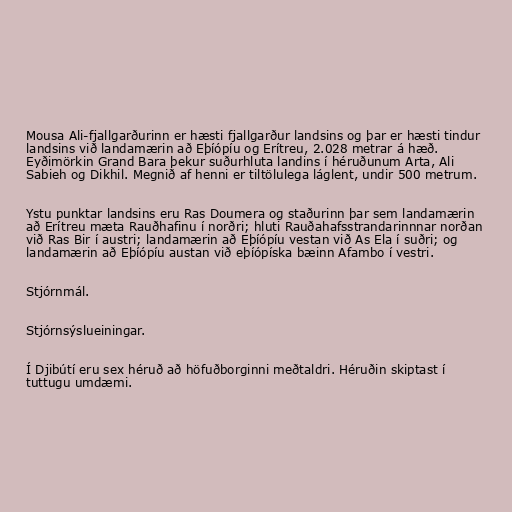
Mousa Ali-fjallgarðurinn er hæsti fjallgarður landsins og þar er hæsti tindur
landsins við landamærin að Eþíópíu og Erítreu, 2.028 metrar á hæð.
Eyðimörkin Grand Bara þekur suðurhluta landins í héruðunum Arta, Ali
Sabieh og Dikhil. Megnið af henni er tiltölulega láglent, undir 500 metrum.

Ystu punktar landsins eru Ras Doumera og staðurinn þar sem landamærin
að Erítreu mæta Rauðhafinu í norðri; hluti Rauðahafsstrandarinnnar norðan
við Ras Bir í austri; landamærin að Eþíópíu vestan við As Ela í suðri; og
landamærin að Eþíópíu austan við eþíópíska bæinn Afambo í vestri.

Stjórnmál.

Stjórnsýslueiningar.

Í Djibútí eru sex héruð að höfuðborginni meðtaldri. Héruðin skiptast í
tuttugu umdæmi.